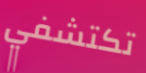
تكتشفي